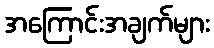
အကြောင်းအချက်များ